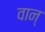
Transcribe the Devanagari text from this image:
वान्